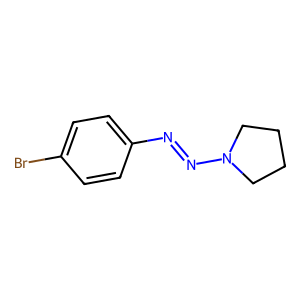
SMILES: Brc1ccc(N=NN2CCCC2)cc1
Inhibits HIV replication: No